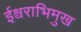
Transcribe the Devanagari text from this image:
ईश्वराभिमुख